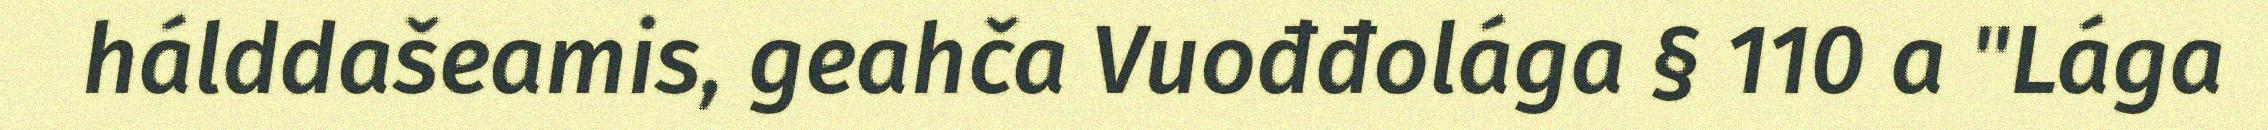
hálddašeamis, geahča Vuođđolága § 110 a "Lága